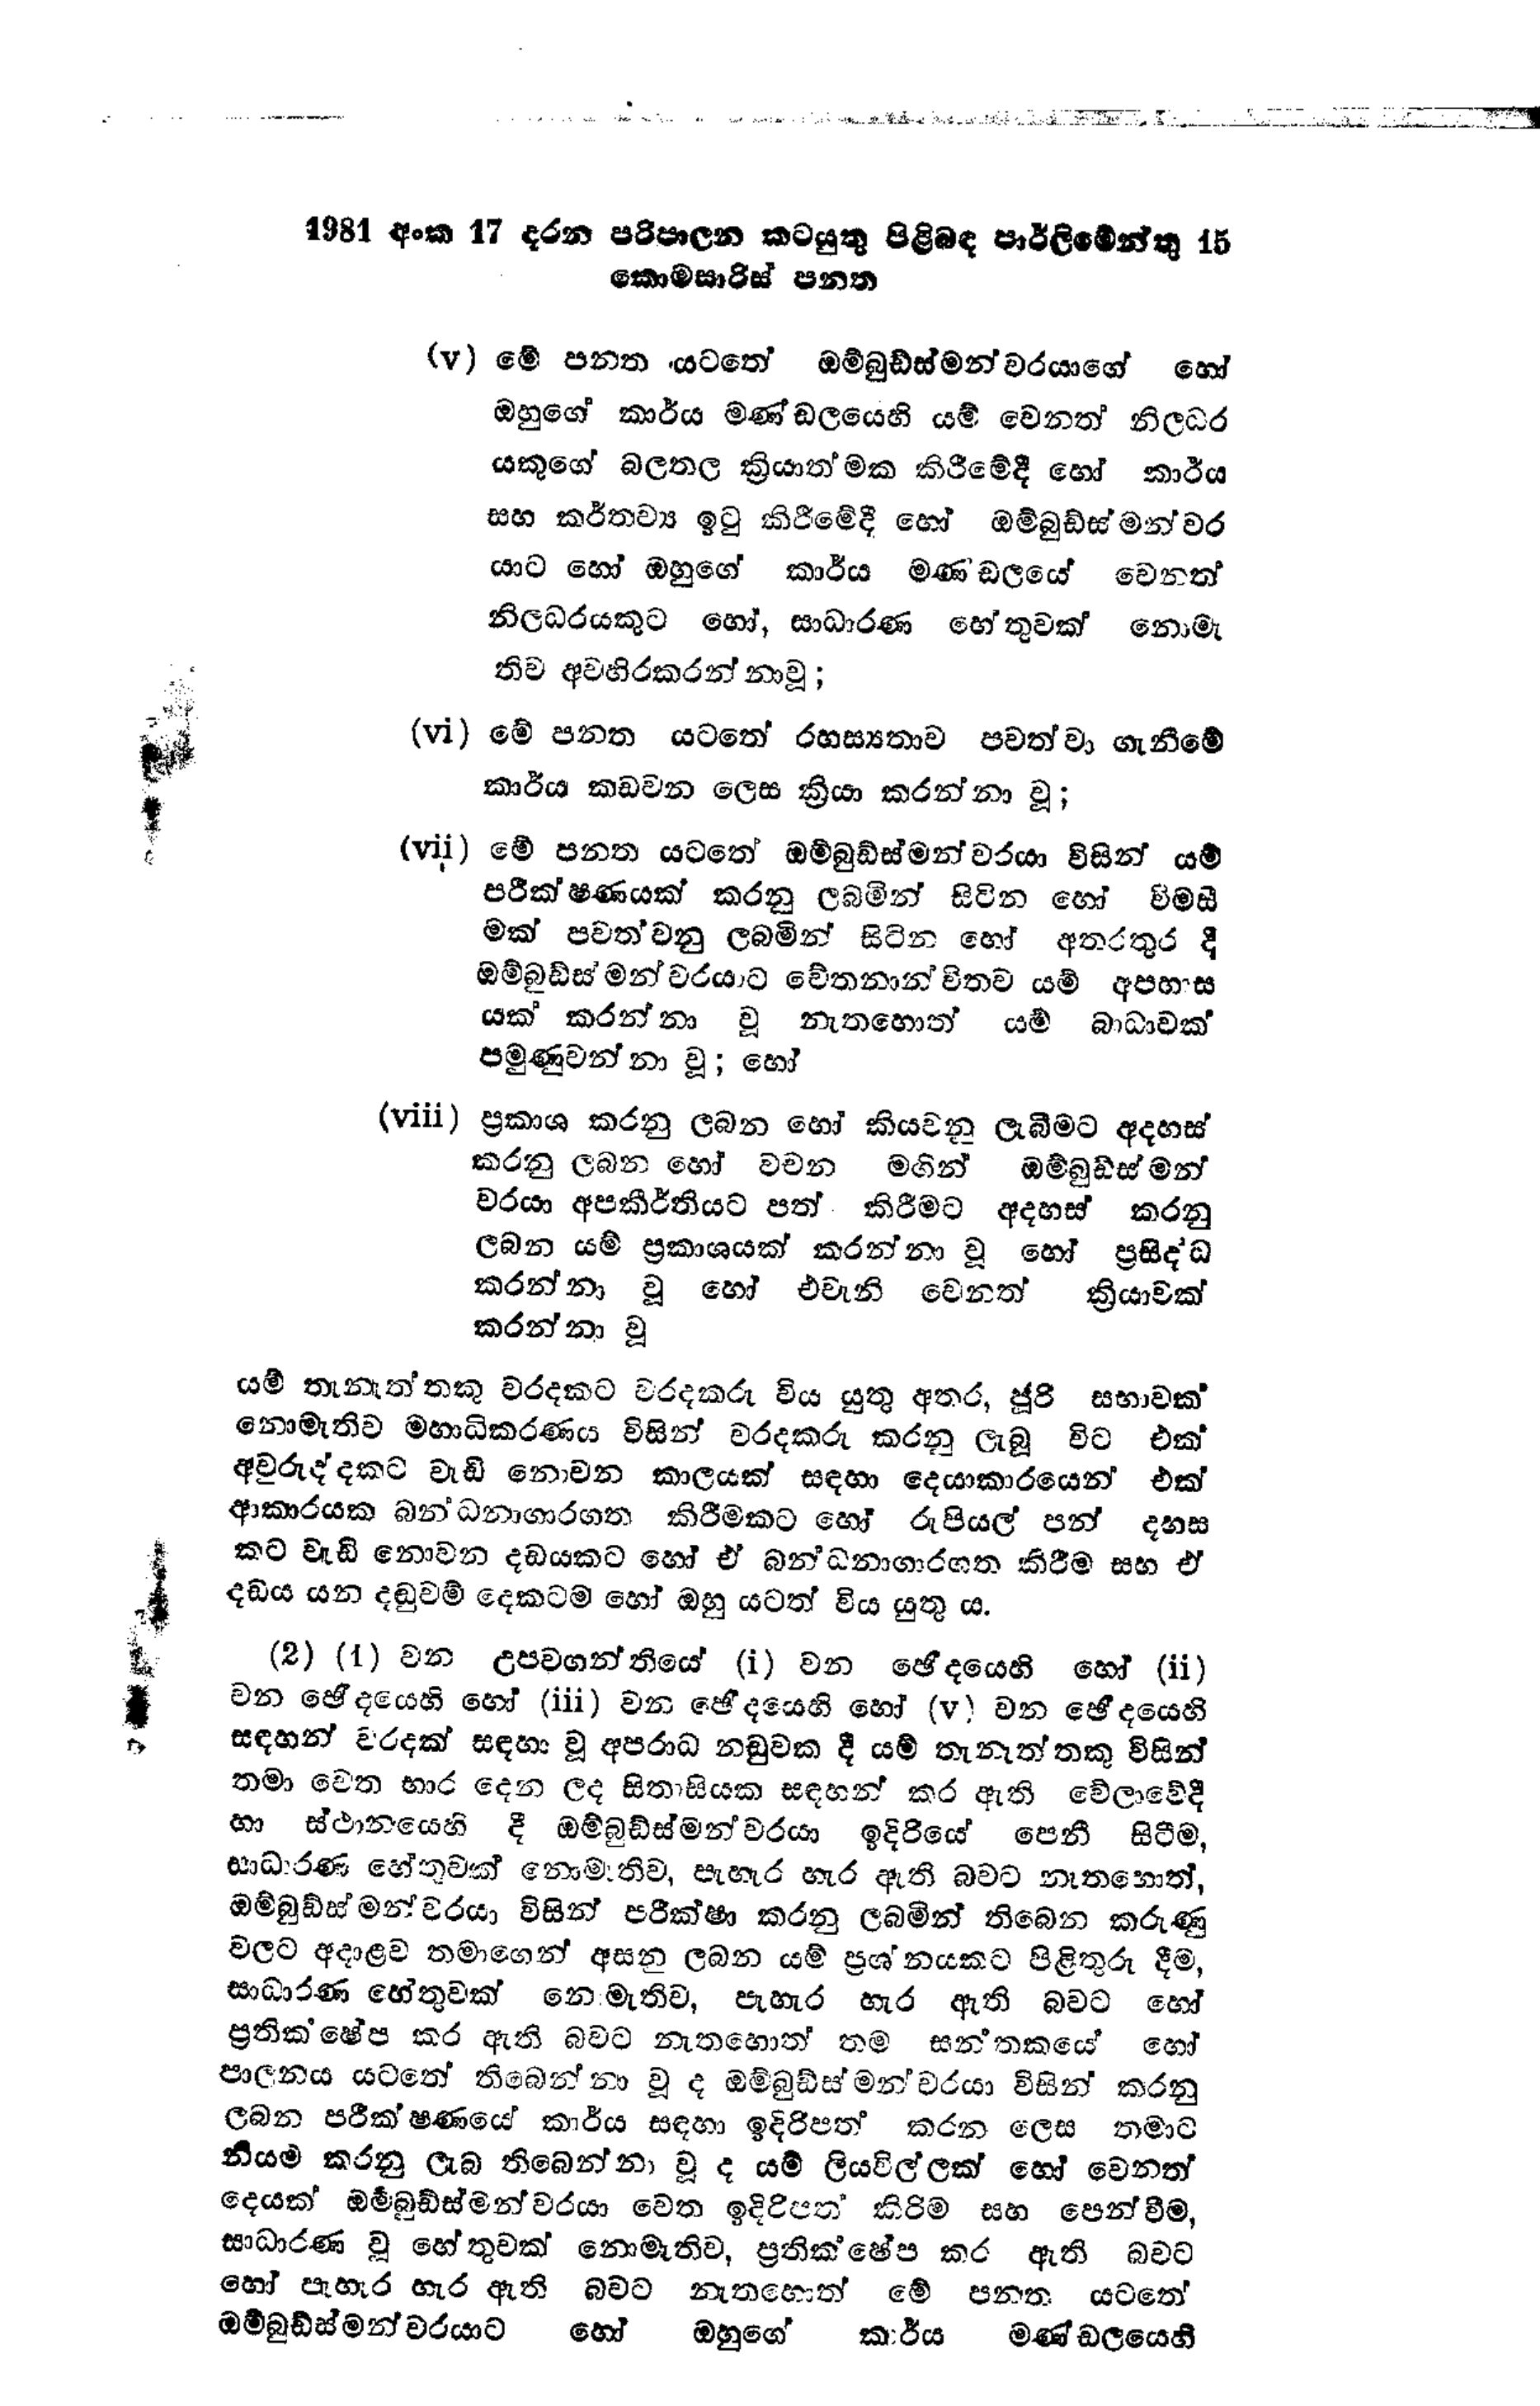
1981 අංක 17 දරන පරිපාලන කටයුතු පිළිබඳ පාර්ලිමේන්තු 15
කොමසාරිස් පනත

(v) මේ පනත යටතේ ඔම්බුඩ්ස්මන්වරයාගේ හෝ
ඔහුගේ කාර්ය මණ්ඩලයෙහි යම් වෙනත් නිලධර
යකුගේ බලතල ක්‍රියාත්මක කිරීමේ දී හෝ කාර්ය
සහ කර්තව්‍ය ඉටු කිරීමේදී හෝ ඔම්බුඩ්ස්මන්වර
යාට හෝ ඔහුගේ කාර්ය මණ්ඩලයේ වෙනත්
නිලධරයකුට හෝ, සාධාරණ හේතුවක් නොමැ
තිව අවහිර කරන්නා වූ;

(vi) මේ පනත යටතේ රහස්‍යතාව පවත්වා ගැනීමේ
කාර්ය කඩවන ලෙස ක්‍රියා කරන්නා වූ;

(vii) මේ පනත යටතේ ඔම්බුඩ්ස්මන්වරයා විසින් යම්
පරීක්ෂණයක් කරනු ලබමින් සිටින හෝ විමසී
මක් පවත්වනු ලබමින් සිටින හෝ අතරතුර දී
ඔම්බුඩ්ස්මන්වරයාට චේතනාන්විතව යම් අපහාස
යක් කරන්නා වූ නැතහොත් යම් බාධාවක්
පමුණුවන්නා වූ; හෝ

(viii) ප්‍රකාශ කරනු ලබන හෝ කියවනු ලැබීමට අදහස්
කරනු ලබන හෝ වචන මගින් ඔම්බුඩ්ස්මන්
වරයා අපකීර්තියට පත් කිරීමට අදහස් කරනු
ලබන යම් ප්‍රකාශයක් කරන්නා වූ හෝ ප්‍රසිද්ධ
කරන්නා වූ හෝ එවැනි වෙනත් ක්‍රියාවක්
කරන්නා වූ

යම් තැනැත්තකු වරදකට වරදකරු විය යුතු අතර, ජූරි සභාවක්
නොමැතිව මහාධිකරණය විසින් වරදකරු කරනු ලැබූ විට එක්
අවුරුද්දකට වැඩි නොවන කාලයක් සඳහා දෙයාකාරයෙන් එක්
ආකාරයක බන්ධනාගාර ගත කිරීමකට හෝ රුපියල් පන් දහස
කට වැඩි නොවන දඩයකට හෝ ඒ බන්ධනාගාරගත කිරීම සහ ඒ
දඩය යන දඬුවම් දෙකටම හෝ ඔහු යටත් විය යුතු ය.

(2) (1) වන උපවගන්තියේ (i) වන ඡේදයෙහි හෝ (ii)
වන ඡේදයෙහි හෝ (iii) වන ඡේදයෙහි හෝ (v) වන ඡේදයෙහි
සඳහන් වරදක් සඳහා වූ අපරාධ නඩුවක දී යම් තැනැත්තකු විසින්
තමා වෙත භාර දෙන ලද සිතාසියක සඳහන් කර ඇති වේලාවේදී
හා ස්ථානයෙහි දී ඔම්බුඩ්ස්ටඩ්ස්මන්වරයා ඉදිරියේ පෙනී සිටීම,
සාධාරණ හේතුවක් නොමැතිව, පැහැර හැර ඇති බවට නැතහොත්,
ඔම්බුඩ්ස්ටමන්වරයා විසින් පරීක්ෂා කරනු ලබමින් තිබෙන කරුණු
වලට අදාළව තමාගෙන් අසනු ලබන යම් ප්‍රශ්නයකට පිළිතුරු දීම,
සාධාරණ හේතුවක් නොමැතිව, පැහැර හැර ඇති බවට හෝ
ප්‍රතික්ෂේප කර ඇති බවට නැතහොත් තම සන්තකයේ හෝ
පාලනය යටතේ තිබෙන්නා වූ ද ඔම්බුඩ්ස්මචරයා විසින් කරනු
ලබන පරීක්ෂණයේ කාර්ය සඳහා ඉදිරිපත් කරන ලෙස තමාට
නියම කරනු ලැබ තිබෙන්නා වූද යම් ලියවිල්ලක් හෝ වෙනත්
දෙයක් ඔබුඩ්ස්මන්වරයා වෙත ඉදිරිපත් කිරිම සහ පෙන්වීම,
සාධාරණ වූ හේතුවක් නොමැතිව, ප්‍රතික්ෂේප  කර ඇති බවට
හෝ පැහැර හැර ඇති බවට නැතහොත් මේ පනත යටතේ
ඔම්බුඩ්ස්මන්වරයාට හෝ ඔහුගේ කාර්ය මණ්ඩලයෙහි